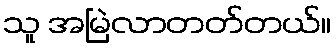
သူ အမြဲလာတတ်တယ်။